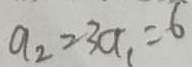
a _ { 2 } = 3 a _ { 1 } = 6